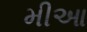
મીઆ